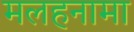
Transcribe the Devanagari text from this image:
मलहनामा